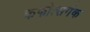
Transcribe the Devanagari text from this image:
कफोत्सर्गक